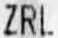
ZRL